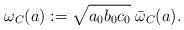
LaTeX: \begin{align*}\omega_{C}(a):=\sqrt{a_{0}b_{0}c_{0}}\;\bar{\omega}_{C}(a).\end{align*}